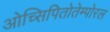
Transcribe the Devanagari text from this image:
ओच्सिपितोतेम्पोरल